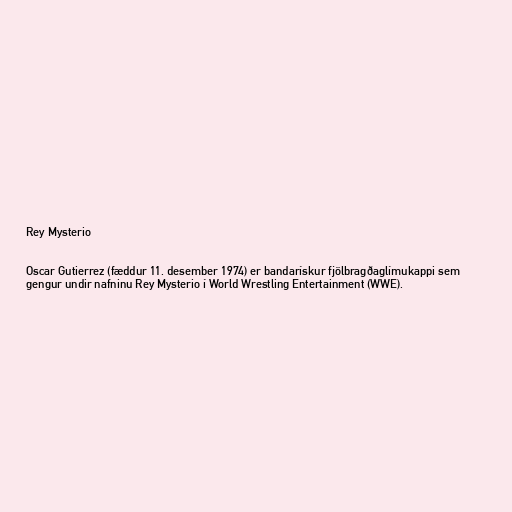
Rey Mysterio

Oscar Gutierrez (fæddur 11. desember 1974) er bandarískur fjölbragðaglímukappi sem
gengur undir nafninu Rey Mysterio í World Wrestling Entertainment (WWE).